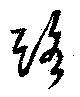
路